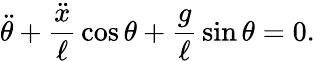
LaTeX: {\ddot{\theta}}+{\frac{\ddot{x}}{\ell}}\cos\theta+{\frac{g}{\ell}}\sin\theta=0.